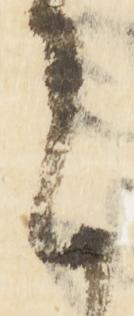
に